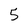
Character: 5